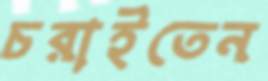
চরাইতেন